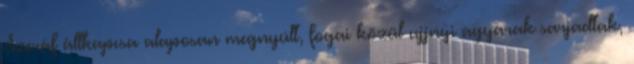
Szeráf állkapcsa alaposan megnyúlt, fogai közül ujjnyi agyarak sarjadtak,